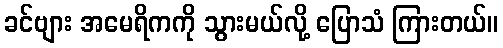
ခင်ဗျား အမေရိကကို သွားမယ်လို့ ပြောသံ ကြားတယ်။